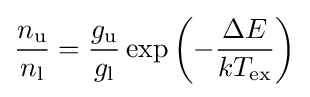
{\frac {n_{\rm {u}}}{n_{\rm {l}}}}={\frac {g_{\rm {u}}}{g_{\rm {l}}}}\exp {\left(-{\frac {\Delta E}{kT_{\rm {ex}}}}\right)}